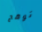
توهج